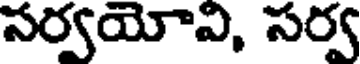
సర్వయోవి, సర్వ